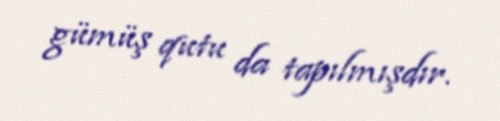
gümüş qutu da tapılmışdır.